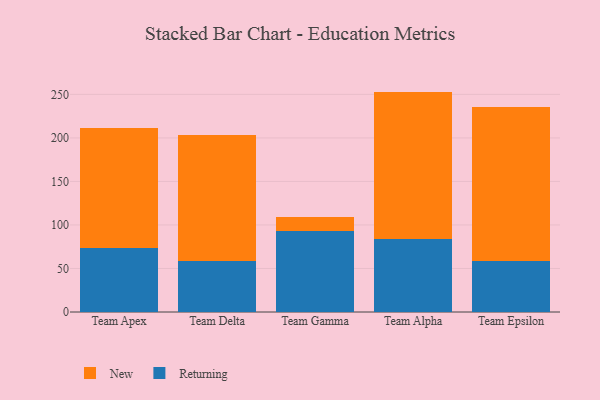
{"axis": {"x": "Team", "y": "Headcount"}, "legend": ["New", "Returning"], "data": [{"x": "Team Apex", "y": 73.2, "type": "Returning"}, {"x": "Team Apex", "y": 138.6, "type": "New"}, {"x": "Team Delta", "y": 58.7, "type": "Returning"}, {"x": "Team Delta", "y": 144.1, "type": "New"}, {"x": "Team Gamma", "y": 92.9, "type": "Returning"}, {"x": "Team Gamma", "y": 16.3, "type": "New"}, {"x": "Team Alpha", "y": 83.9, "type": "Returning"}, {"x": "Team Alpha", "y": 169.3, "type": "New"}, {"x": "Team Epsilon", "y": 59.1, "type": "Returning"}, {"x": "Team Epsilon", "y": 176.9, "type": "New"}]}